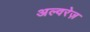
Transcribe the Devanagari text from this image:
अल्वरेज़